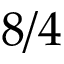
8 / 4